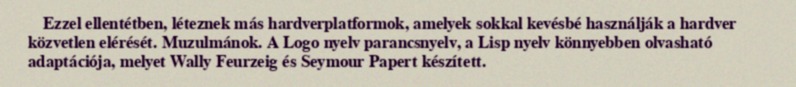
Ezzel ellentétben, léteznek más hardverplatformok, amelyek sokkal kevésbé használják a hardver közvetlen elérését. Muzulmánok. A Logo nyelv parancsnyelv, a Lisp nyelv könnyebben olvasható adaptációja, melyet Wally Feurzeig és Seymour Papert készített.